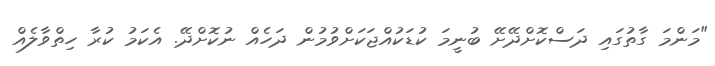
"މަންމަ ގާތުގައި ދަސްކޮށްދޭށޭ ބުނީމަ ކުޑަކުއްޖަކަށްވުމުން ދަހެއް ނުކޮށްދޭ. އެކަމު ކުރާ ހިތްވާލެއް